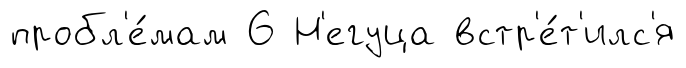
пробл'е́мам 6 Н'егуца встр'е́т'илс'я